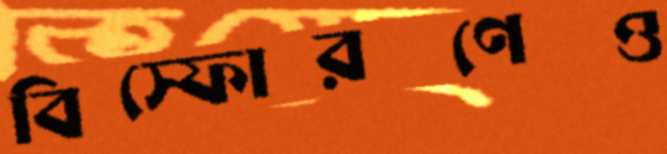
বিস্ফোরণেও